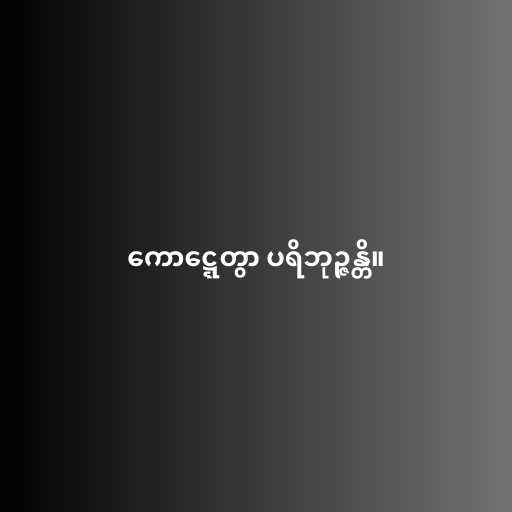
ကောဋ္ဋေတွာ ပရိဘုဉ္ဇန္တိ။